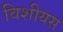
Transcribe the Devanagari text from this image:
विशीयस